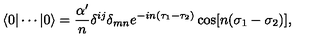
\langle 0 | \cdots | 0 \rangle = \frac { \alpha ^ { \prime } } { n } \delta ^ { i j } \delta _ { m n } e ^ { - i n ( \tau _ { 1 } - \tau _ { 2 } ) } \cos [ n ( \sigma _ { 1 } - \sigma _ { 2 } ) ] ,